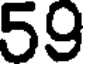
59